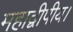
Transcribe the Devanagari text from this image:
महाद्वीपीय।